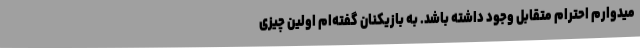
میدوارم احترام متقابل وجود داشته باشد. به بازیکنان گفته‌ام اولین چیزی